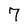
Character: 7